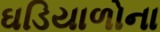
ઘડિયાળોના